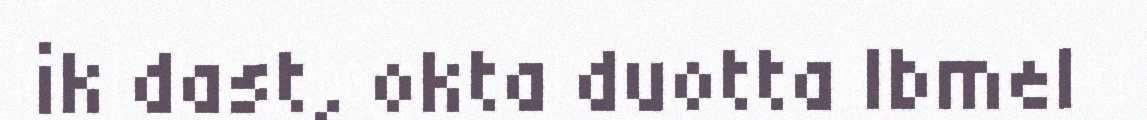
ik dast, okta duotta Ibmel